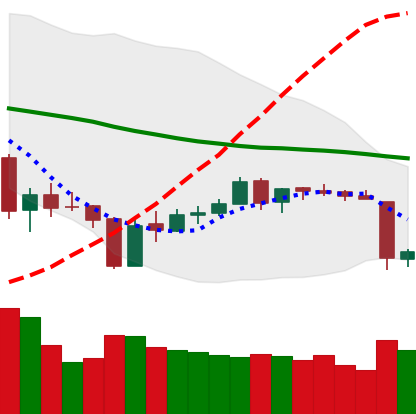
Ticker: ETH-USD
Chart end date: 2018-06-11
Forward return: -6.308%
Label: down_5_7